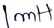
Text: 1mH